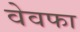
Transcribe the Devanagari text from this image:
वेवफा